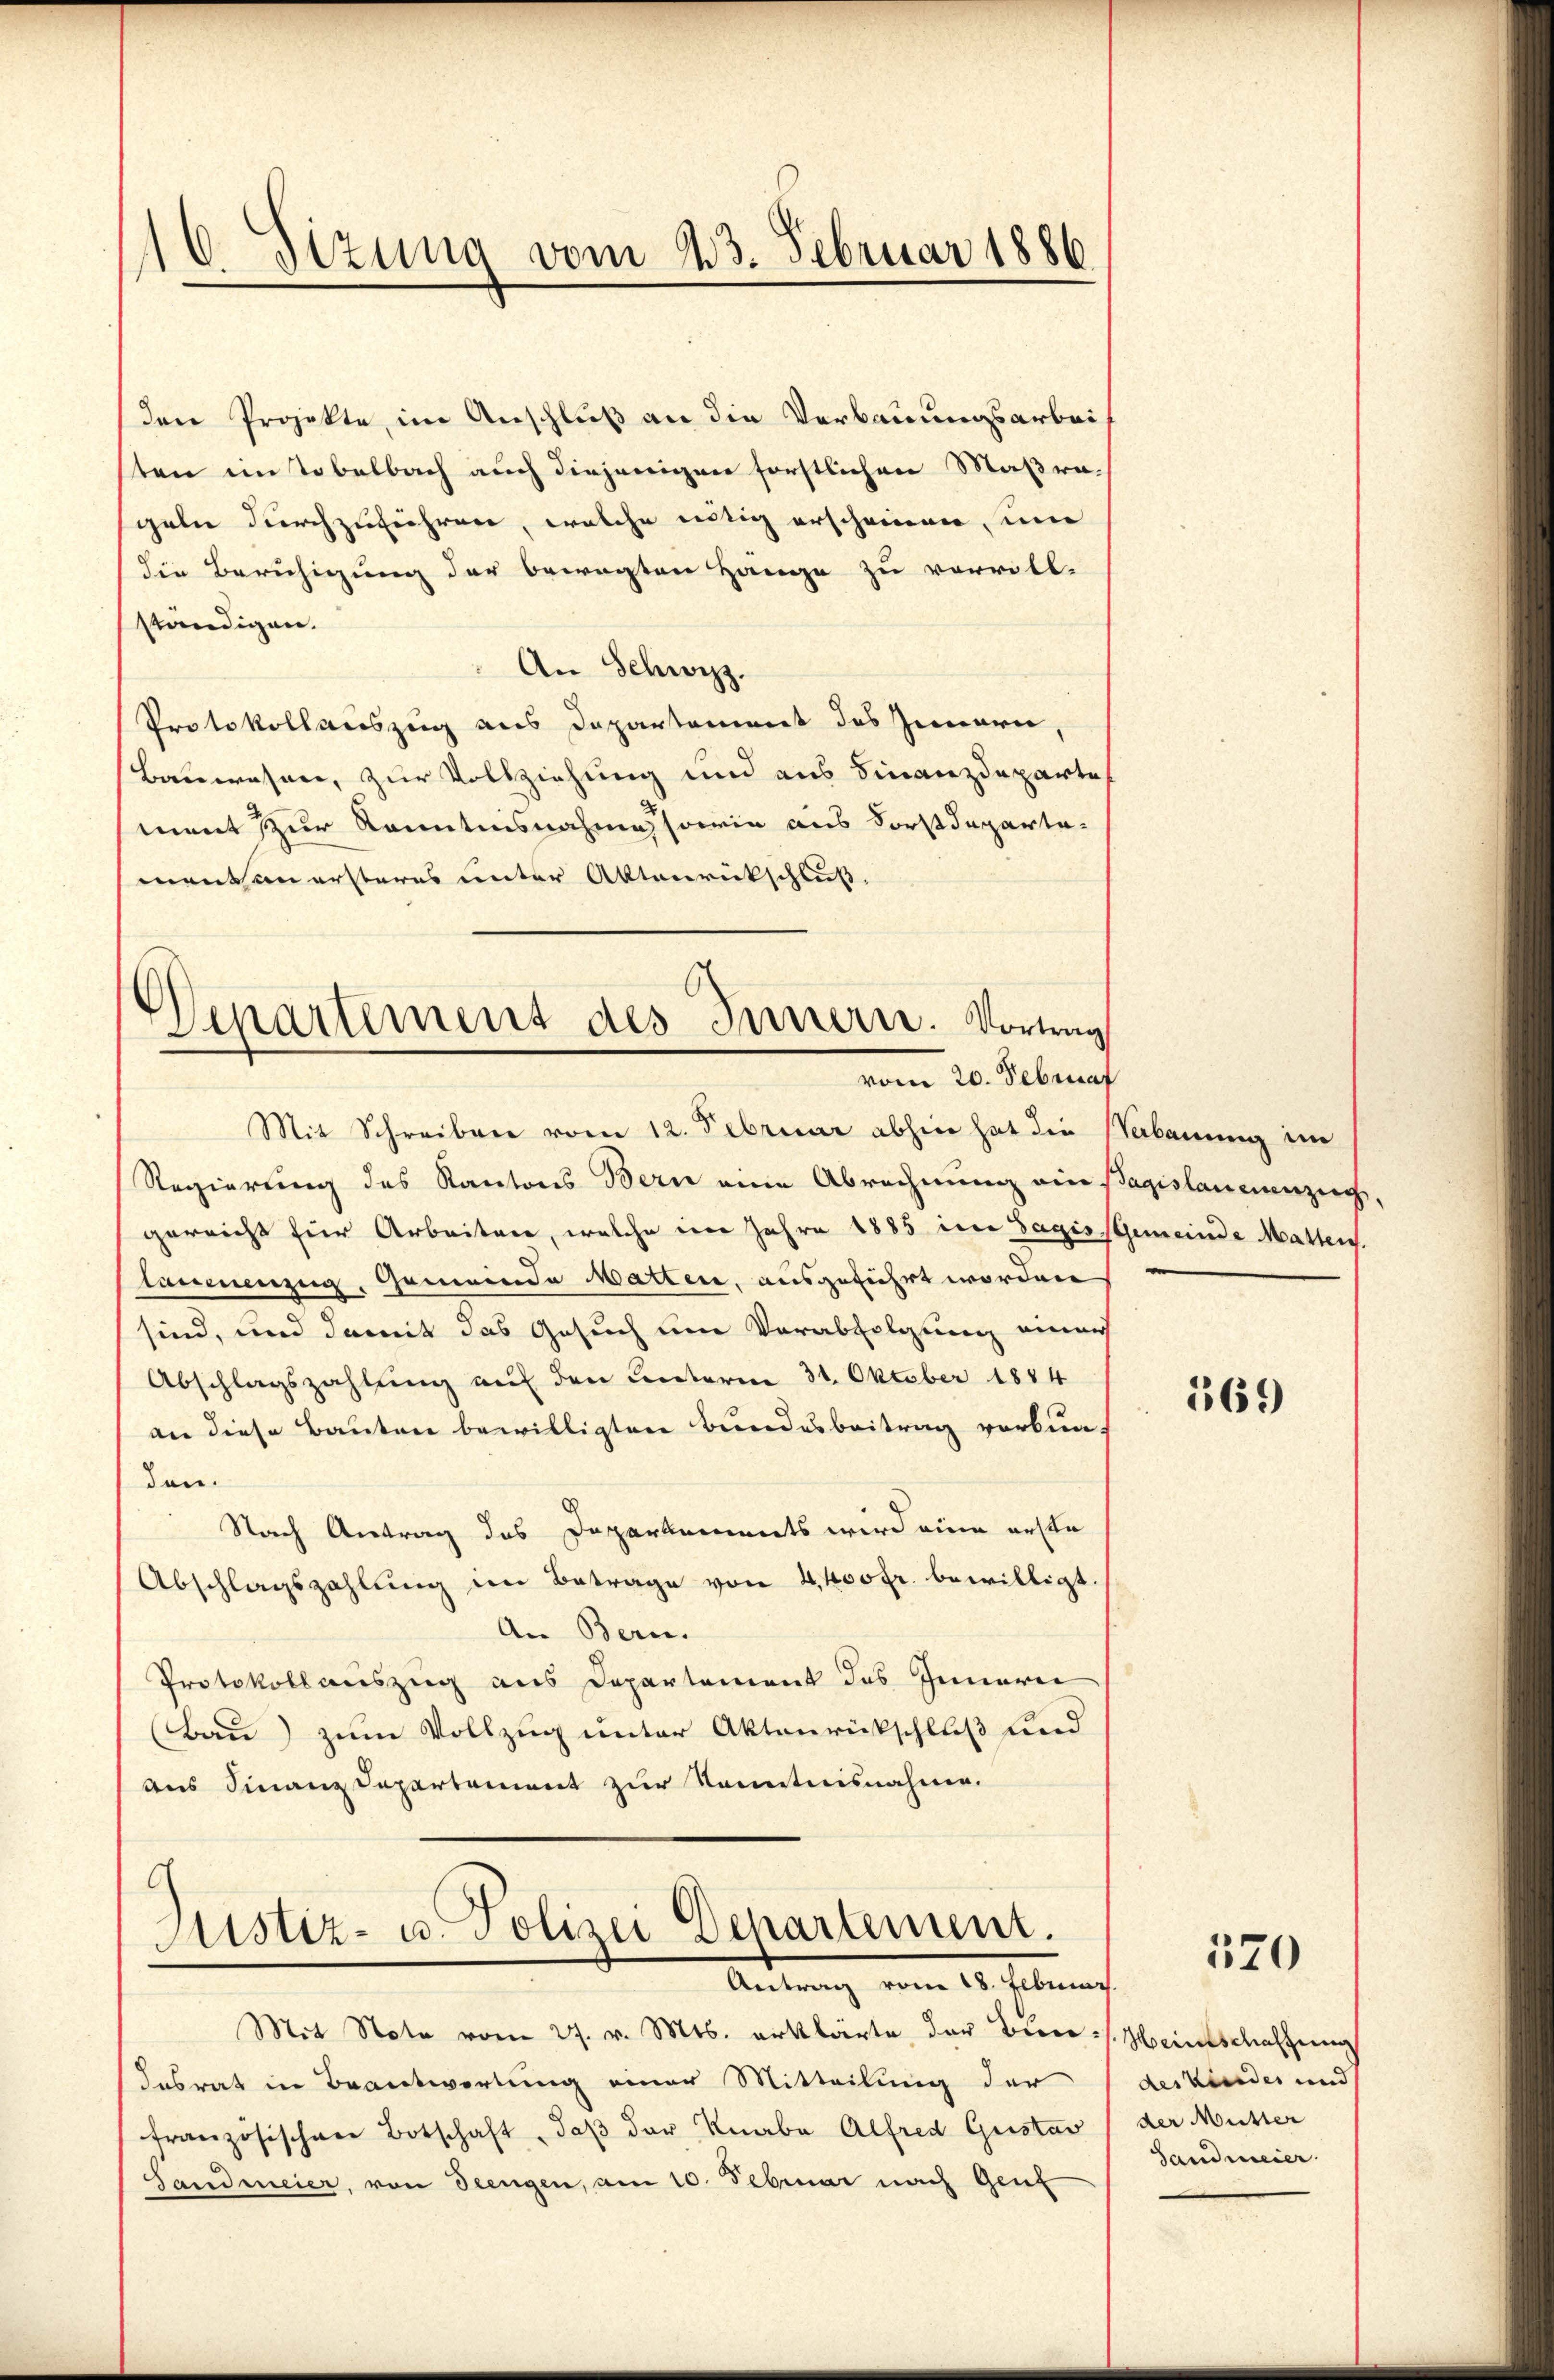
16. Sizung vom 23. Februar 1886.

den Projekte, im Anschluß an die Verbauungsarbeiten im Tobelbach auch diejenigen forstlichen Maßregeln durchzuführen, welche intig erscheinen, um
die Beruhigung der bewegten Hänge zu vervoll-
ständigen.
An Schwyz.
Protokollauszug aus Departement des Innern,
Bauwesen, zur Vollziehung und aus Finanzdeparte
ment zur Kenntnisnahmessorin aus Forstdepartamentem ersteres unter Aktenrückschluß.

Departement des Innern. Vortrag
vom 20. Februar

Mit Schreiben vom 12. Februar abhin hat die Verbauung im
Regierung des Kantons Bern eine Abrechnung ein-
gereicht für Arbeitere, welche im Jahre 1885 in Sagis Gemeinde Matten.
lammenzug, Gemeinde Watten, ausgeführt worden
sind, und damit das Gesuch um Verabfolgung einer
Abschlagszahlung auf den unterm 31. Oktober 1884
an diese Bauten bewilligten Bundesbeitrag verbunden.
Nach Antrag des Daparkammets wird eine erste
Abschlagszahlung im Betrage von 400fr. bewilligt.
An Bern.
Protokoll auszug aus Departement des Innerei
(Bau) zum Vollzug unter Aktenrückschluß und
aus Finanz Departement zur Kenntnisnahme.
G
Justiz- u. Polizei Departement.
Antrag vom 18. Februar.
Mit Note vom 27. v. Mts. erklärte der Biers. Heinschaffung
Insrat in Beantwortung einer Mitteilung der
französischere Botschaft, daβ der Knabe Alfred Quistav
Landmeier, von Seengen, am 10. Februar nach Genf

Tagislauerenzug

569)

520

des Kinder und
der Mutter
Sandmeier.